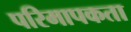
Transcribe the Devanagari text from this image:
परिमापकता